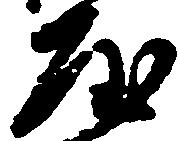
屋